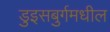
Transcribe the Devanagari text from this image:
डुइसबुर्गमधील